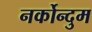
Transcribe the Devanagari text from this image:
नर्कोन्दुम